65_HS1-834228961_62-HQ-83894_Section_1
Agency: FBI
Page 59
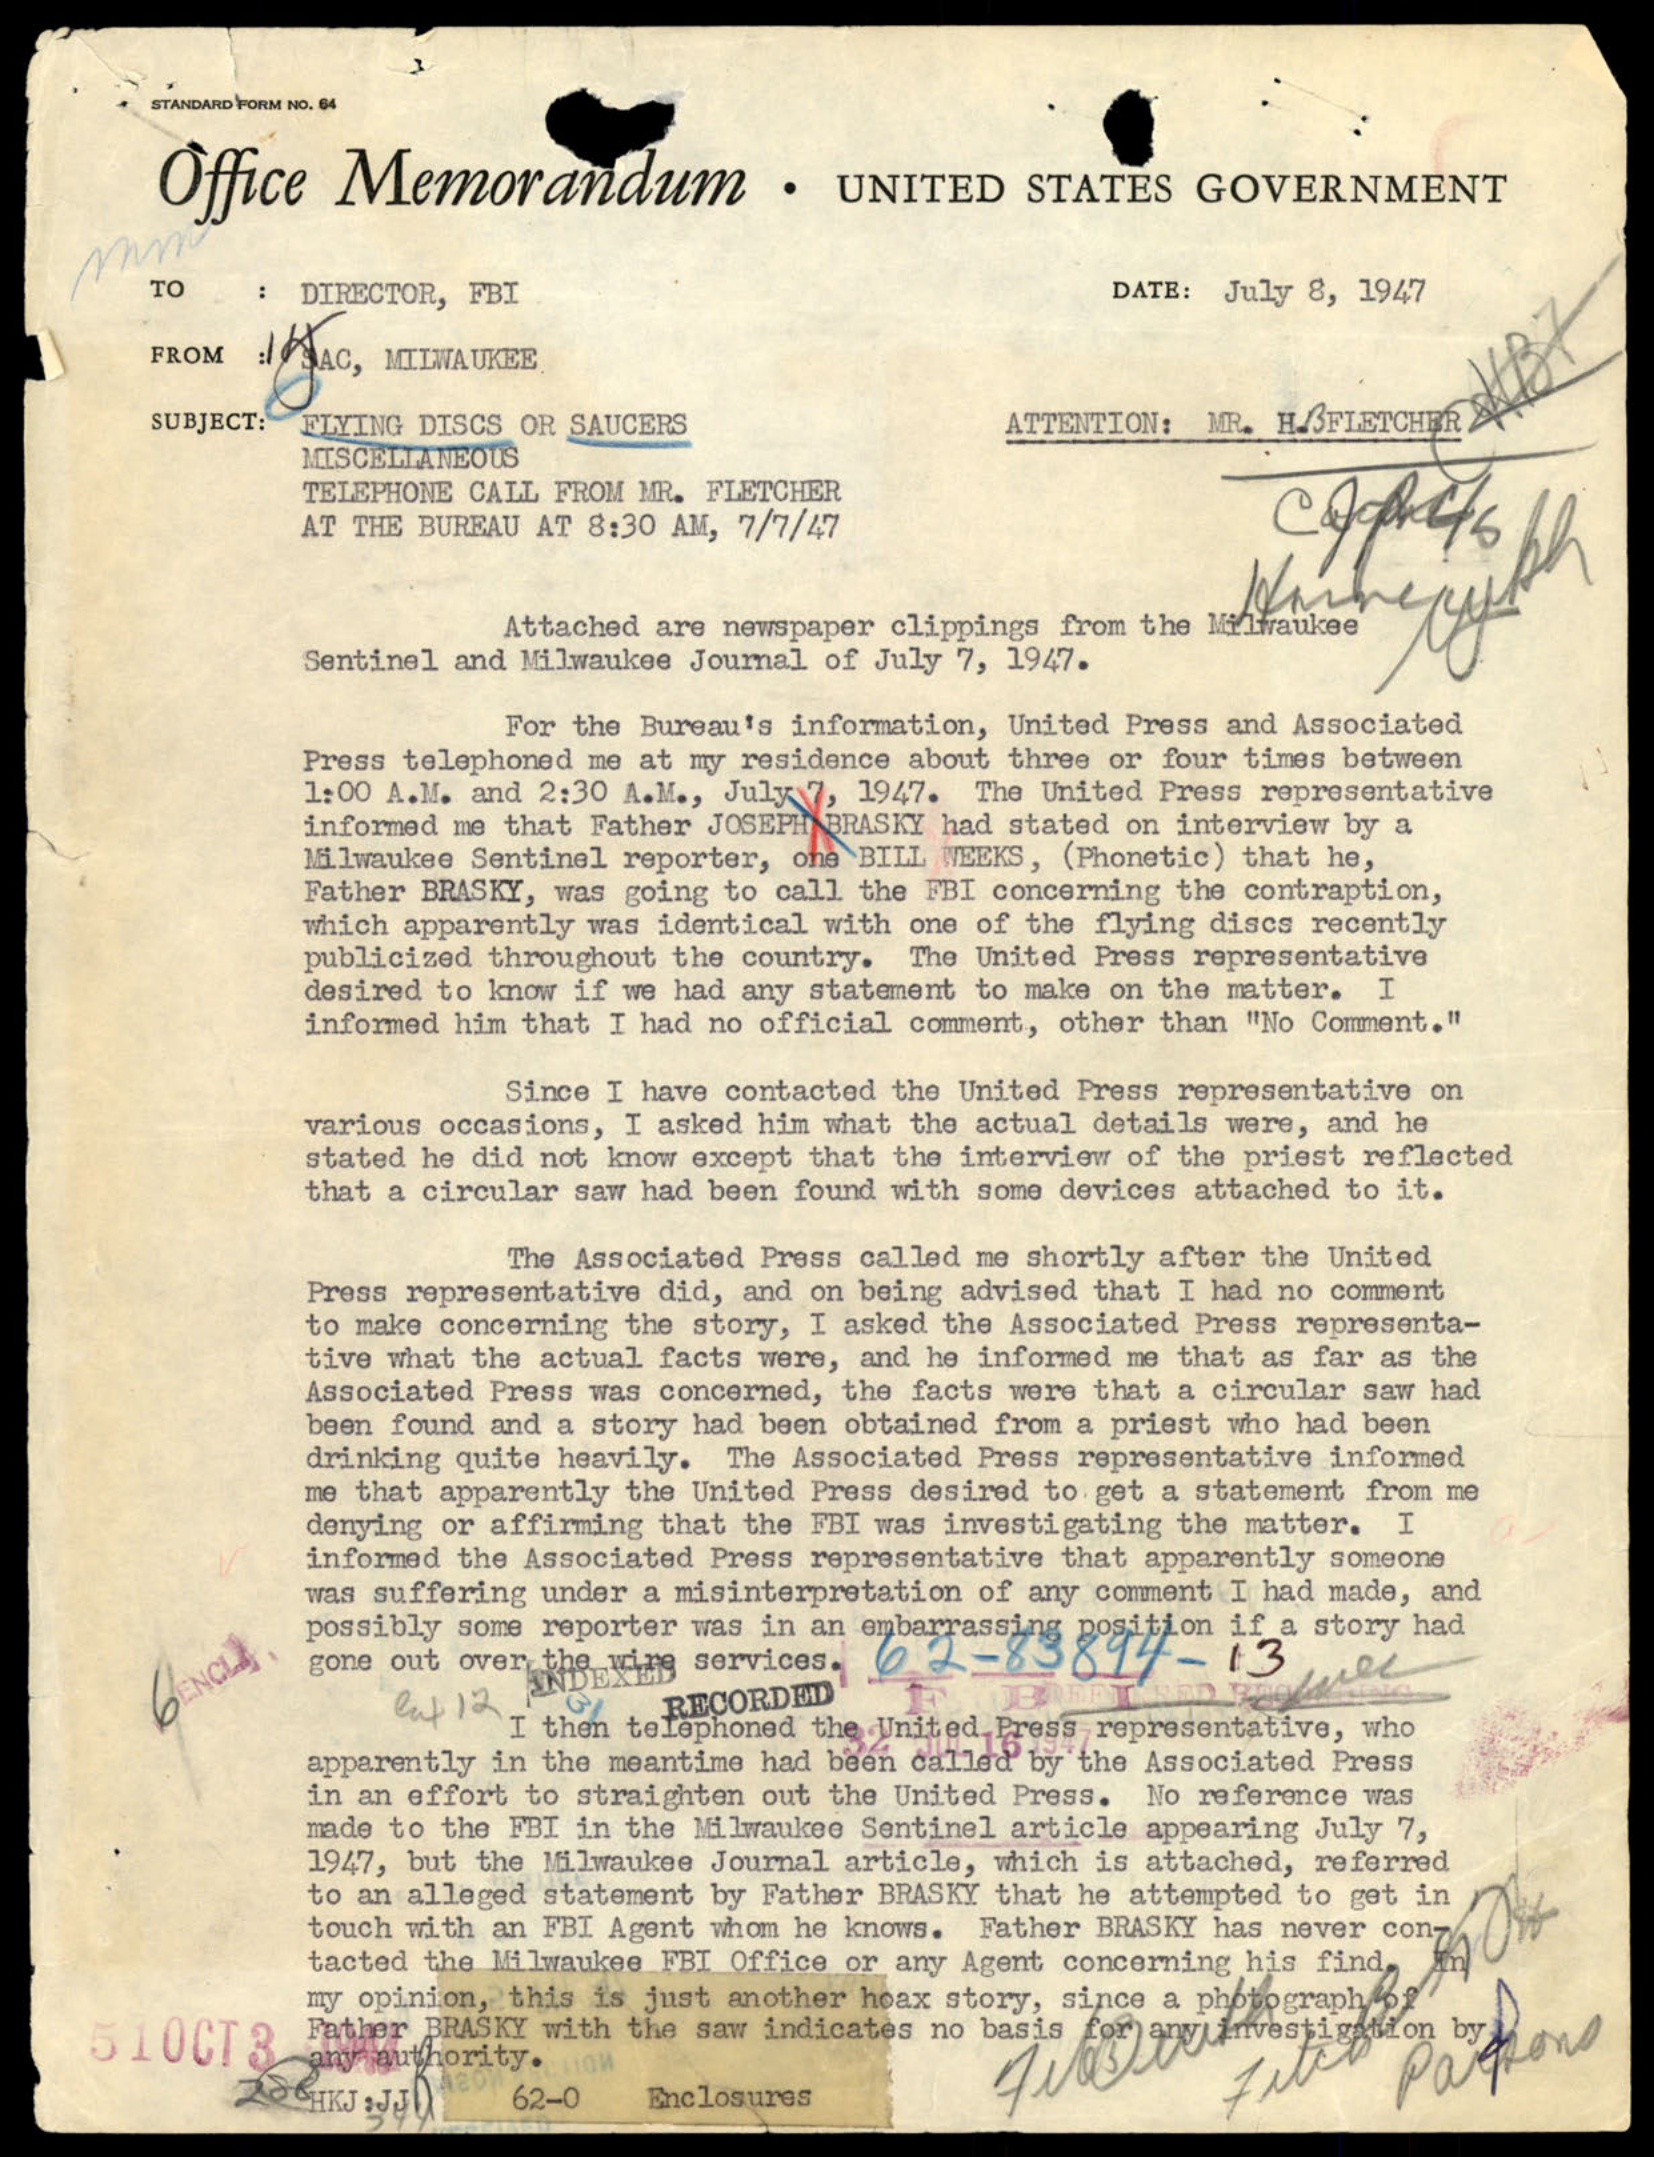